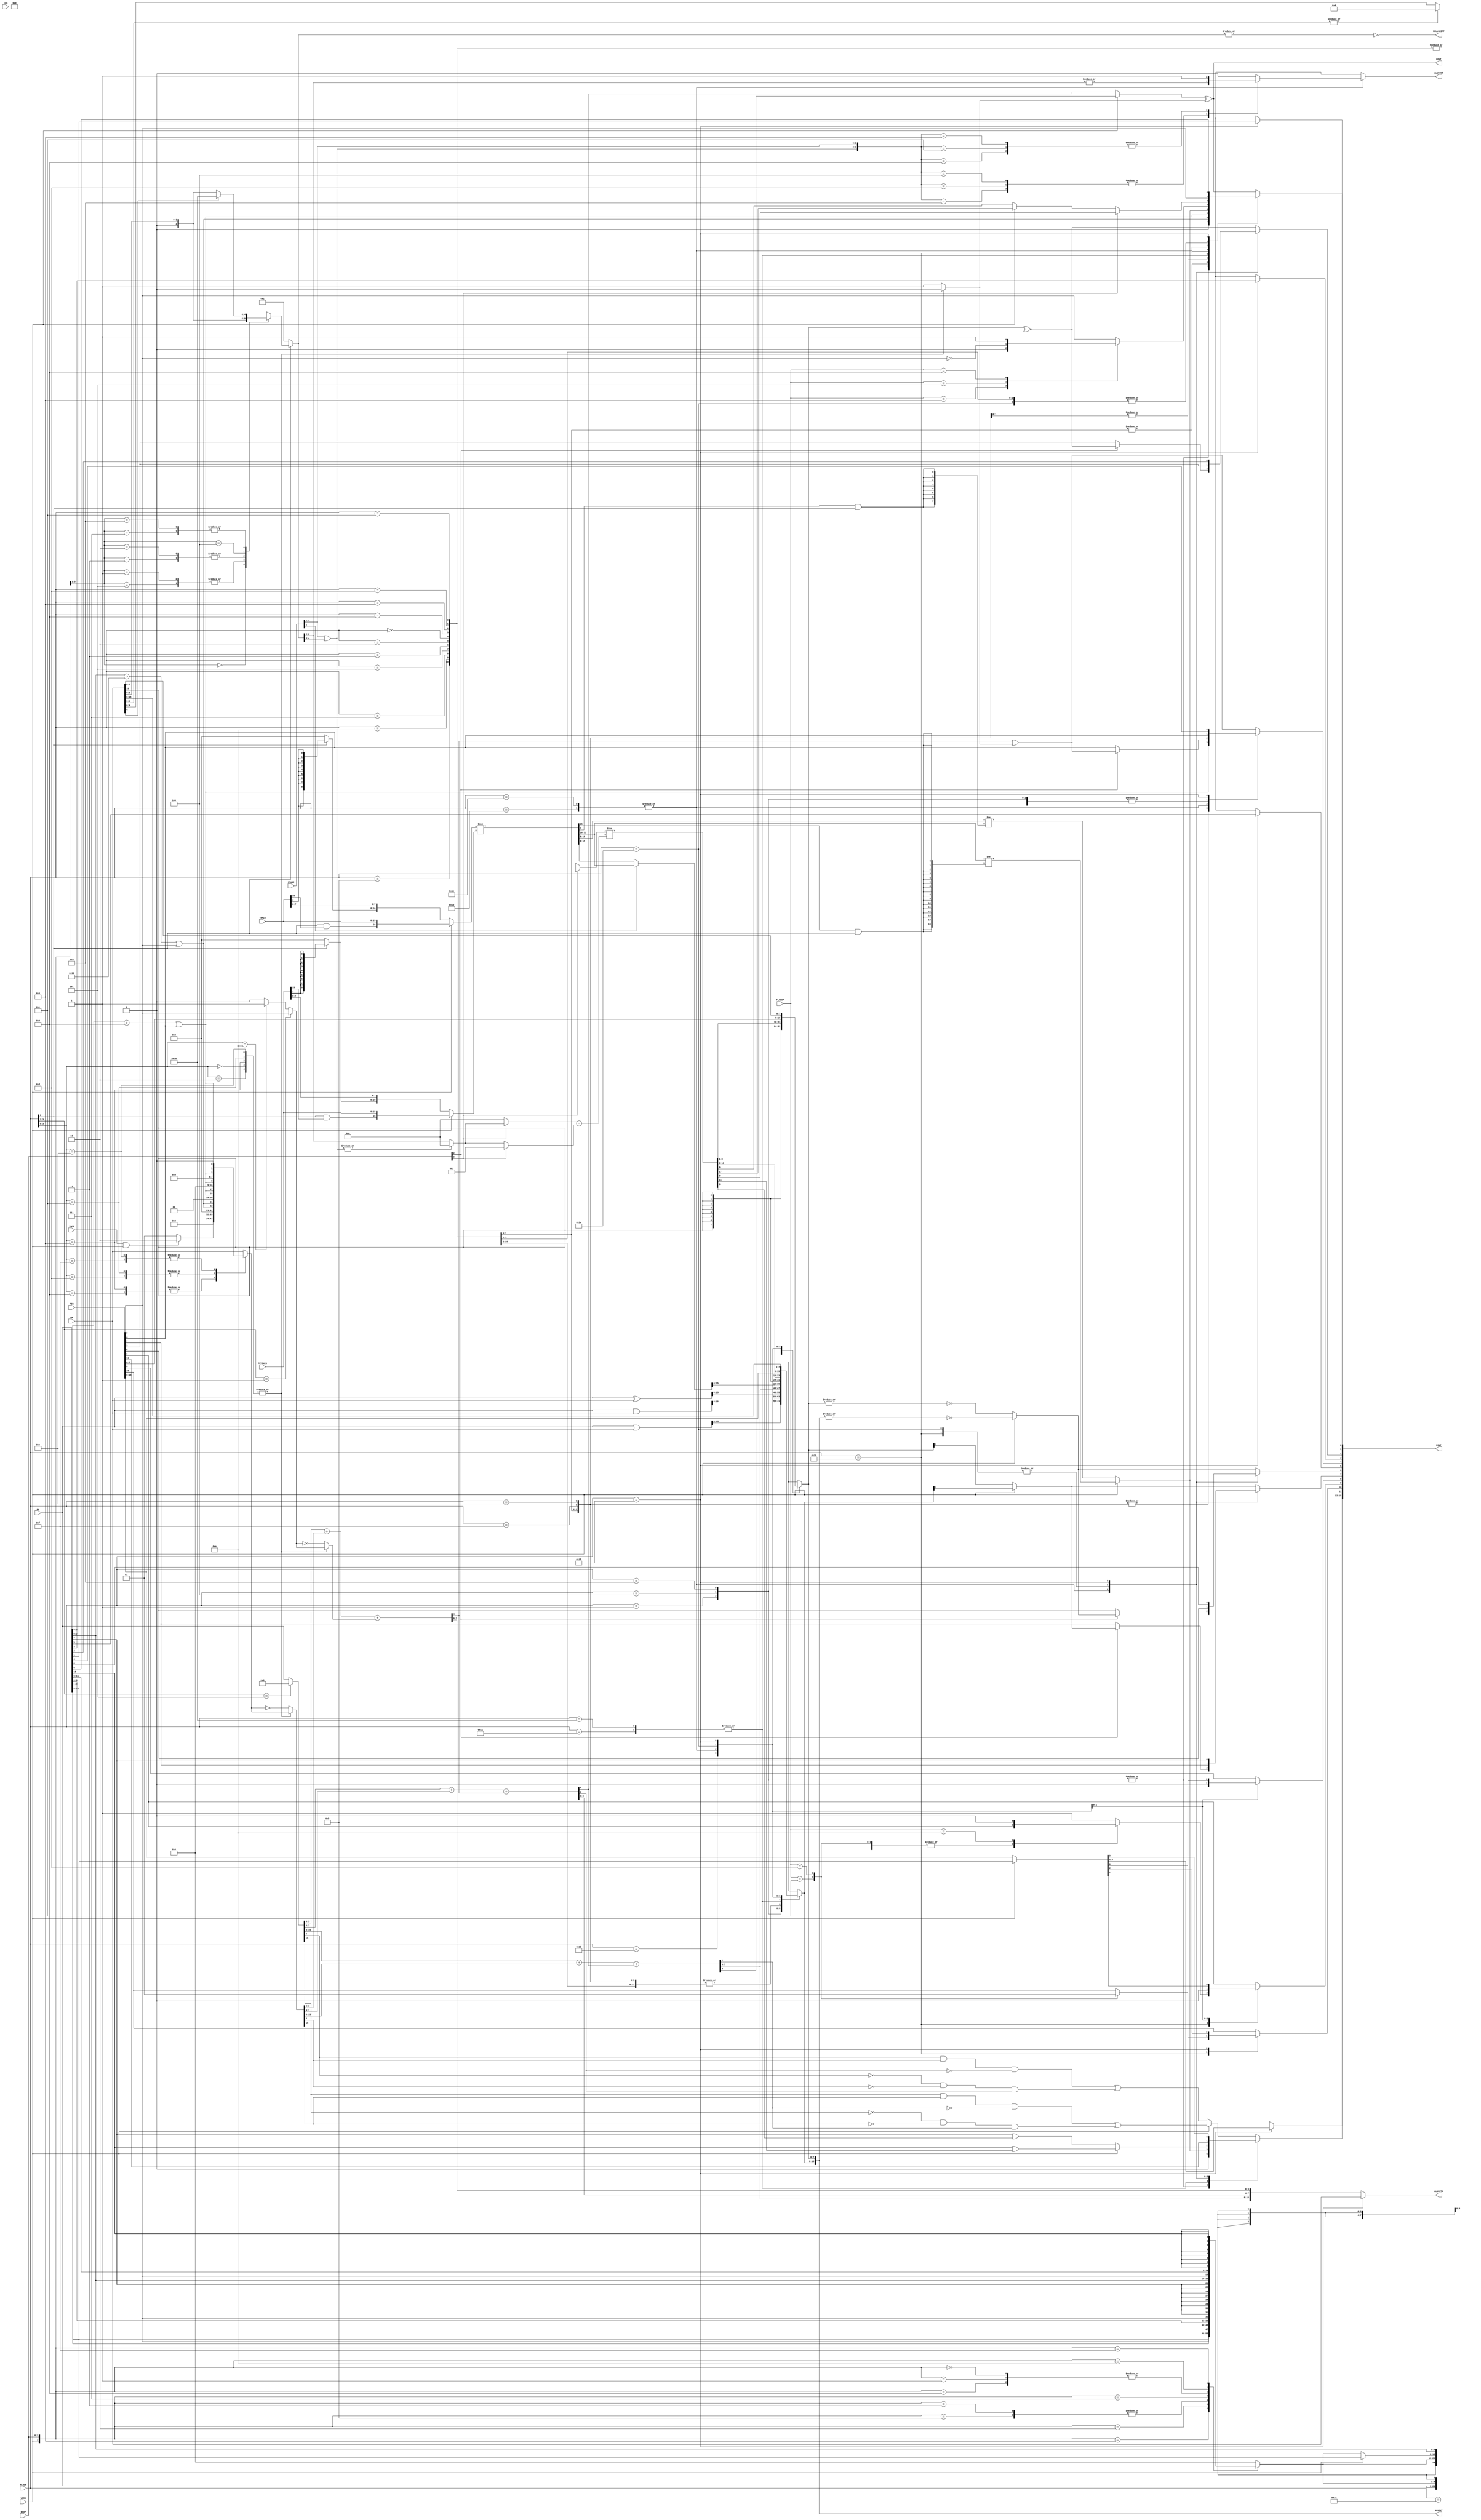
//////////////////////////////////////////////////////////////////////////////////
//
// This file is part of the Next186 project
// http://opencores.org/project,next186
//
// Description: Part of the Next186 CPU project, arithmetic-logic unit and effective address unit implementation
// Version 1.0
//
//
/////////////////////////////////////////////////////////////////////////////////
// 
// Copyright (C) 2011 Nicolae Dumitrache
// 
// This source file may be used and distributed without 
// restriction provided that this copyright statement is not 
// removed from the file and that any derivative work contains 
// the original copyright notice and the associated disclaimer.
// 
// This source file is free software; you can redistribute it 
// and/or modify it under the terms of the GNU Lesser General 
// Public License as published by the Free Software Foundation;
// either version 2.1 of the License, or (at your option) any 
// later version. 
// 
// This source is distributed in the hope that it will be 
// useful, but WITHOUT ANY WARRANTY; without even the implied 
// warranty of MERCHANTABILITY or FITNESS FOR A PARTICULAR 
// PURPOSE. See the GNU Lesser General Public License for more 
// details. 
// 
// You should have received a copy of the GNU Lesser General 
// Public License along with this source; if not, download it 
// from http://www.opencores.org/lgpl.shtml 
// 
///////////////////////////////////////////////////////////////////////////////////
// Additional Comments: 
//
//	ADD			00_000
//	OR				00_001
//	ADC			00_010
//	SBB			00_011
//	AND			00_100
//	SUB			00_101
//	XOR			00_110
//	CMP			00_111
//
//	INC			01_000
//	DEC			01_001
//	NOT			01_010
//	NEG			01_011
//	DAA			01_100	// +0066h
//	DAS			01_101	// -0066h
//	AAA			01_110	// +0106h
//	AAS			01_111	// -0106h
//
//	MUL			10_000
//	IMUL			10_001
//
//	FLAGOP		11_001
// CBW			11_010
//	CWD			11_011
//	SHF/ROT 1	11_100
// SHF/ROT n	11_101
//	PASS FLAGS	11_110	// ALUOP <- FLAGS, clear TF, IF
//	PASS RB		11_111	// ALUOP <- RB, FLAGS <- RA
//
//
//  FLAGS:		X X X X OF DF IF TF  |  SF ZF X AF X PF X CF
//
// 09Feb2013 - fixed DAA,DAS bug
// 07Jul2013 - fixed OV/CY flags for IMUL
//////////////////////////////////////////////////////////////////////////////////
`timescale 1ns / 1ps

module Next186_ALU(
    input [15:0] RA,
    input [15:0] RB,
	 input [15:0] TMP16,
	 input [15:0] FETCH23,
	 input [15:0]FIN,
	 input [4:0]ALUOP,
	 input [2:0]EXOP,
	 input [3:0]FLAGOP,
	 input WORD,
	 input INC2,
	 output reg [15:0]FOUT,
    output reg [15:0]ALUOUT,
    output [15:0]ALUOUTA,
	 output reg ALUCONT,
	 output NULLSHIFT,
	 output COUT,
	 input [2:0]STAGE,
	 input CLK
    );

	reg CPLOP2;	
	wire [15:0]SUMOP1 = ALUOP[3:1] == 3'b101 ? 16'h0000 : RA;	// NEG, NOT
	reg [15:0]SUMOP21;
	wire [15:0]SUMOP2 = CPLOP2 ? ~SUMOP21 : SUMOP21;
	wire SCIN1 = ALUOP[3:1] == 3'b001 ? FIN[0] : ALUOP[3:0] == 4'b1010 ? 1'b1 : 1'b0;		//ADD/ADC, NOT
	wire SCIN = CPLOP2 ? ~SCIN1 : SCIN1; 	// carry in
	wire SC16OUT;
	wire SC8OUT;
	wire AF;
	wire [15:0]SUMOUT;
	wire parity = ~^ALUOUT[7:0];
	wire zero8 = ~|ALUOUT[7:0];
	wire zero = ~|ALUOUT[15:0];
	wire overflow8 = (SUMOP1[7] & SUMOP2[7] & !SUMOUT[7]) | (!SUMOP1[7] & !SUMOP2[7] & SUMOUT[7]);
	wire overflow = (SUMOP1[15] & SUMOP2[15] & !SUMOUT[15]) | (!SUMOP1[15] & !SUMOP2[15] & SUMOUT[15]);
	wire LONIBBLE = (RA[3:0] > 4'h9)  || FIN[4];
	wire HINIBBLE = (RA[7:0] > 8'h99) || FIN[0];

// ADDER		
	assign {AF, SUMOUT[3:0]} = SUMOP1[3:0] + SUMOP2[3:0] + SCIN;
	assign {SC8OUT, SUMOUT[7:4]} = SUMOP1[7:4] + SUMOP2[7:4] + AF;
	assign {SC16OUT, SUMOUT[15:8]} = SUMOP1[15:8] + SUMOP2[15:8] + SC8OUT;
	assign COUT = (WORD ? SC16OUT : SC8OUT) ^ CPLOP2;
	assign ALUOUTA = ALUOP == 5'b11111 ? RB : SUMOUT;

// SHIFTER
	reg [4:0]SHNOPT;	// optimized shift
	wire [4:0]SHN = {STAGE[2:1] ^ SHNOPT[4:3], SHNOPT[2:0]};
	assign NULLSHIFT = ~|SHNOPT;
	wire [2:0]COUNT = |SHN[4:3] ? 0 : SHN[2:0];
	wire [2:0]SCOUNT = (EXOP[0] ? COUNT[2:0] : 3'b000) - (EXOP[0] ? 3'b001 : COUNT[2:0]);
	reg [7:0]SHEX;
	wire [17:0]SHBAR = (EXOP[0] ? {1'bx, SHEX, WORD ? RA[15:8]: SHEX, RA[7:0]} : {RA, SHEX, 1'bx}) >> SCOUNT;

// MULTIPLIER
	wire signed [16:0]MULOP1 = WORD ? {ALUOP[0] & TMP16[15], TMP16} : {ALUOP[0] ? {9{TMP16[7]}} : 9'b000000000, TMP16[7:0]};
	wire signed [16:0]MULOP2 = WORD ? {ALUOP[0] & FETCH23[15], FETCH23} : {ALUOP[0] ? {9{FETCH23[7]}} : 9'b000000000, FETCH23[7:0]};
	wire signed [31:0]MUL = MULOP1 * MULOP2;
	
	always @* begin
		FOUT[15:8] = {4'bxxxx, WORD ? overflow : overflow8, FIN[10:8]};
		FOUT[7] = WORD ? ALUOUT[15] : ALUOUT[7];
		FOUT[6] = WORD ? zero : zero8;
		FOUT[5] = 1'bx;
		FOUT[4] = AF ^ CPLOP2;
		FOUT[3] = 1'bx;
		FOUT[2] = parity;
		FOUT[1] = 1'bx;
		FOUT[0] = COUT;
		ALUOUT = 16'hxxxx;
		ALUCONT = 1'bx;

		case(ALUOP[3:0])	// complement second operand
			4'b0000, 4'b0010, 4'b1000, 4'b1100, 4'b1110: CPLOP2 = 1'b0;	// ADD, ADC, INC, DEC, DAA, AAA
			default: CPLOP2 = 1'b1;
		endcase

		case(ALUOP[3:0])
			4'b1000, 4'b1001:	SUMOP21 = INC2 && WORD ? 2 : 1;	// INC/DEC
			4'b1100, 4'b1101:	SUMOP21 = {9'b000000000, HINIBBLE, HINIBBLE, 2'b00, LONIBBLE, LONIBBLE, 1'b0};
			4'b1110, 4'b1111:	SUMOP21 = {7'b0000000, LONIBBLE, 5'b00000, LONIBBLE, LONIBBLE, 1'b0};
			default: SUMOP21 = RB;
		endcase
	
		if(ALUOP[0]) 
			case({WORD, EXOP[2:1]})
				3'b000:	SHNOPT = {2'b00, RB[2:0]};
				3'b001, 3'b101:  SHNOPT = RB[4:0];
				3'b010, 3'b011: SHNOPT = |RB[4:3] ? 5'b01000 : RB[4:0];
				3'b100:	SHNOPT = {1'b0, RB[3:0]};
				3'b110, 3'b111: SHNOPT = RB[4] ? 5'b10000 : RB[4:0];	
			endcase
		else SHNOPT = 5'b00001;
		
		case({WORD, EXOP})
			4'b1000:	SHEX = RA[15:8];					// ROL16
			4'b0010: SHEX = {FIN[0], RA[7:1]};		// RCL8
			4'b0011, 4'b1011:	SHEX = {RA[6:0], FIN[0]};		// RCR8, RCR16
			4'b0111:	SHEX = {8{RA[7]}};				// SAR8
			4'b0000, 4'b0001, 4'b1001:	SHEX = RA[7:0];		// ROL8, ROR8, ROR16
			4'b1010: SHEX = {FIN[0], RA[15:9]};		// RCL16
			4'b1111:	SHEX = {8{RA[15]}};				// SAR16
			default: SHEX = 8'h00;						// SHL16, SHR16, SHL8, SHR8
		endcase

		case(ALUOP)
			5'b00000, 5'b00010, 5'b00011, 5'b00101, 5'b00111, 5'b01010, 5'b01011: ALUOUT = SUMOUT;	// ADD, ADC, SBB, SUB, CMP, NOT, NEG
			5'b00001: begin	// OR
				ALUOUT = RA | RB;
				FOUT[0] = 1'b0;
				FOUT[11] = 1'b0;
				FOUT[4] = FIN[4];
			end
			5'b00100: begin	// AND
				ALUOUT = RA & RB;
				FOUT[0] = 1'b0;
				FOUT[11] = 1'b0;
				FOUT[4] = FIN[4];
			end
			5'b00110: begin	// XOR
				ALUOUT = RA ^ RB;
				FOUT[0] = 1'b0;
				FOUT[11] = 1'b0;
				FOUT[4] = FIN[4];
			end
			5'b01000, 5'b01001: begin	// INC, DEC
				ALUOUT = SUMOUT;
				FOUT[0] = FIN[0];
			end
			5'b01100, 5'b01101: begin 	// DAA, DAS
				ALUOUT = SUMOUT;
				FOUT[0] = HINIBBLE;
				FOUT[4] = LONIBBLE;
			end
			5'b01110, 5'b01111: begin	// AAA, AAS
				ALUOUT = {SUMOUT[15:8], 4'b0000, SUMOUT[3:0]};
				FOUT[0] = LONIBBLE;
				FOUT[4] = LONIBBLE;
			end
			5'b10000, 5'b10001 : begin	// MUL, IMUL
				ALUOUT = STAGE[1] ? MUL[31:16] : MUL[15:0];
//07Jul2013 - fixed OV/CY flags for IMUL
				FOUT[0] = WORD ? MUL[31:16] != {16{MUL[15] & ALUOP[0]}} : MUL[15:8] != {8{MUL[7] & ALUOP[0]}}; 
				FOUT[11] = FOUT[0];
			end
			5'b11001: begin		// flag op
				FOUT[11:8] = FIN[11:8];
				FOUT[7] = FIN[7];
				FOUT[6] = FIN[6];
				FOUT[4] = FIN[4];
				FOUT[2] = FIN[2];
				FOUT[0] = FIN[0];
				case(FLAGOP)
					4'b1000: FOUT[0] = 1'b0;		// CLC
					4'b0101: FOUT[0] = !FIN[0];	// CMC
					4'b1001: FOUT[0] = 1'b1;		// STC
					4'b1100: FOUT[10] = 1'b0;		// CLD
					4'b1101: FOUT[10] = 1'b1;		// STD
					4'b1010:	FOUT[9] = 1'b0;		// CLI
					default: FOUT[9] = 1'b1;		// STI
				endcase
			end
			5'b11010: ALUOUT[7:0] = {8{RB[7]}};
			5'b11011: ALUOUT[15:0] = {16{RB[15]}};
			5'b11100, 5'b11101: begin	// ROT/SHF
				ALUOUT = SHBAR[16:1];
				FOUT[0] = EXOP[0] ? SHBAR[0] : WORD ? SHBAR[17] : SHBAR[9];
				FOUT[11] = WORD ? RA[15] ^ ALUOUT[15] : RA[7] ^ ALUOUT[7]; // OF is defined only for 1bit rotate/shift
				if(!EXOP[2]) begin	// ROT
					FOUT[7] = FIN[7];
					FOUT[6] = FIN[6];
					FOUT[4] = FIN[4];
					FOUT[2] = FIN[2];
				end
				case({SHN[4:3], STAGE[2:1]})
					4'b0100, 4'b1101, 4'b0110: ALUCONT = |SHN[2:0];
					4'b1000, 4'b1100, 4'b1001: ALUCONT = 1'b1;
					default: ALUCONT = 1'b0;
				endcase
			end

			5'b11110:	begin
				ALUOUT = FIN;
				FOUT[11] = FIN[11];
				FOUT[9] = 1'b0;	// IF
				FOUT[8] = 1'b0;	// TF
				FOUT[7] = FIN[7];
				FOUT[6] = FIN[6];
				FOUT[4] = FIN[4];
				FOUT[2] = FIN[2];
				FOUT[0] = FIN[0];
			end
			5'b11111:	begin
				ALUOUT = RB;
				FOUT = {WORD ? RA[15:8] : FIN[15:8], RA[7:0]};
			end
		endcase
	end

endmodule

// 0000 - BX+SI+DISP
// 0001 - BX+DI+DISP
// 0010 - BP+SI+DISP
// 0011 - BP+DI+DISP
// 0100 - SI+DISP
// 0101 - DI+DISP
// 0110 - BP+DISP
// 0111 - BX+DISP
// 1000 - SP-2
// 1001 - SP+2
// 1010 - BX+AL
// 1011 - TMP16+2
// 1100 - 
// 1101 - SP+2+DISP
// 1110 - DISP[7:0]<<2
// 1111 - 
module Next186_EA(
    input [15:0] SP,
    input [15:0] BX,
    input [15:0] BP,
    input [15:0] SI,
    input [15:0] DI,
	 input [15:0] TMP16,
	 input [7:0]  AL,
    input [15:0] AIMM,
	 input [3:0]EAC,
    output [15:0] ADDR16
    );

	reg [15:0]OP1;
	reg [15:0]OP2;
	reg [15:0]OP3;
		
	always @* begin
		case(EAC)
			4'b0000, 4'b0001, 4'b0111, 4'b1010: OP1 = BX;
			4'b0010, 4'b0011, 4'b0110:  OP1 = BP; 
			4'b1000, 4'b1001, 4'b1101: OP1 = SP;
			4'b1011: OP1 = TMP16;
			default: OP1 = 16'h0000;
		endcase
		case(EAC)
			4'b0000, 4'b0010, 4'b0100: OP2 = SI;
			4'b0001, 4'b0011, 4'b0101: OP2 = DI;
			4'b1001, 4'b1011, 4'b1101:	OP2 = 16'h0002;	// SP/TMP16 + 2
			default: OP2 = 16'h0000;
		endcase
		case(EAC)
			4'b1000: OP3 = 16'hfffe;	// SP - 2
			4'b1010: OP3 = {8'b00000000, AL};	// XLAT
			4'b1001, 4'b1011:	OP3 = 16'h0000;	// SP/TMP16 + 2
			4'b1110: OP3 = {6'b000000, AIMM[7:0], 2'b00};	// int
			default: OP3 = AIMM;
		endcase
	end
	
	assign ADDR16 = OP1 + OP2 + OP3;
endmodule